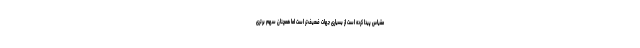
مقیاس پیدا کرده است از بسیاری جهات ضعیف‌تر است اما همچنان سهم برتری